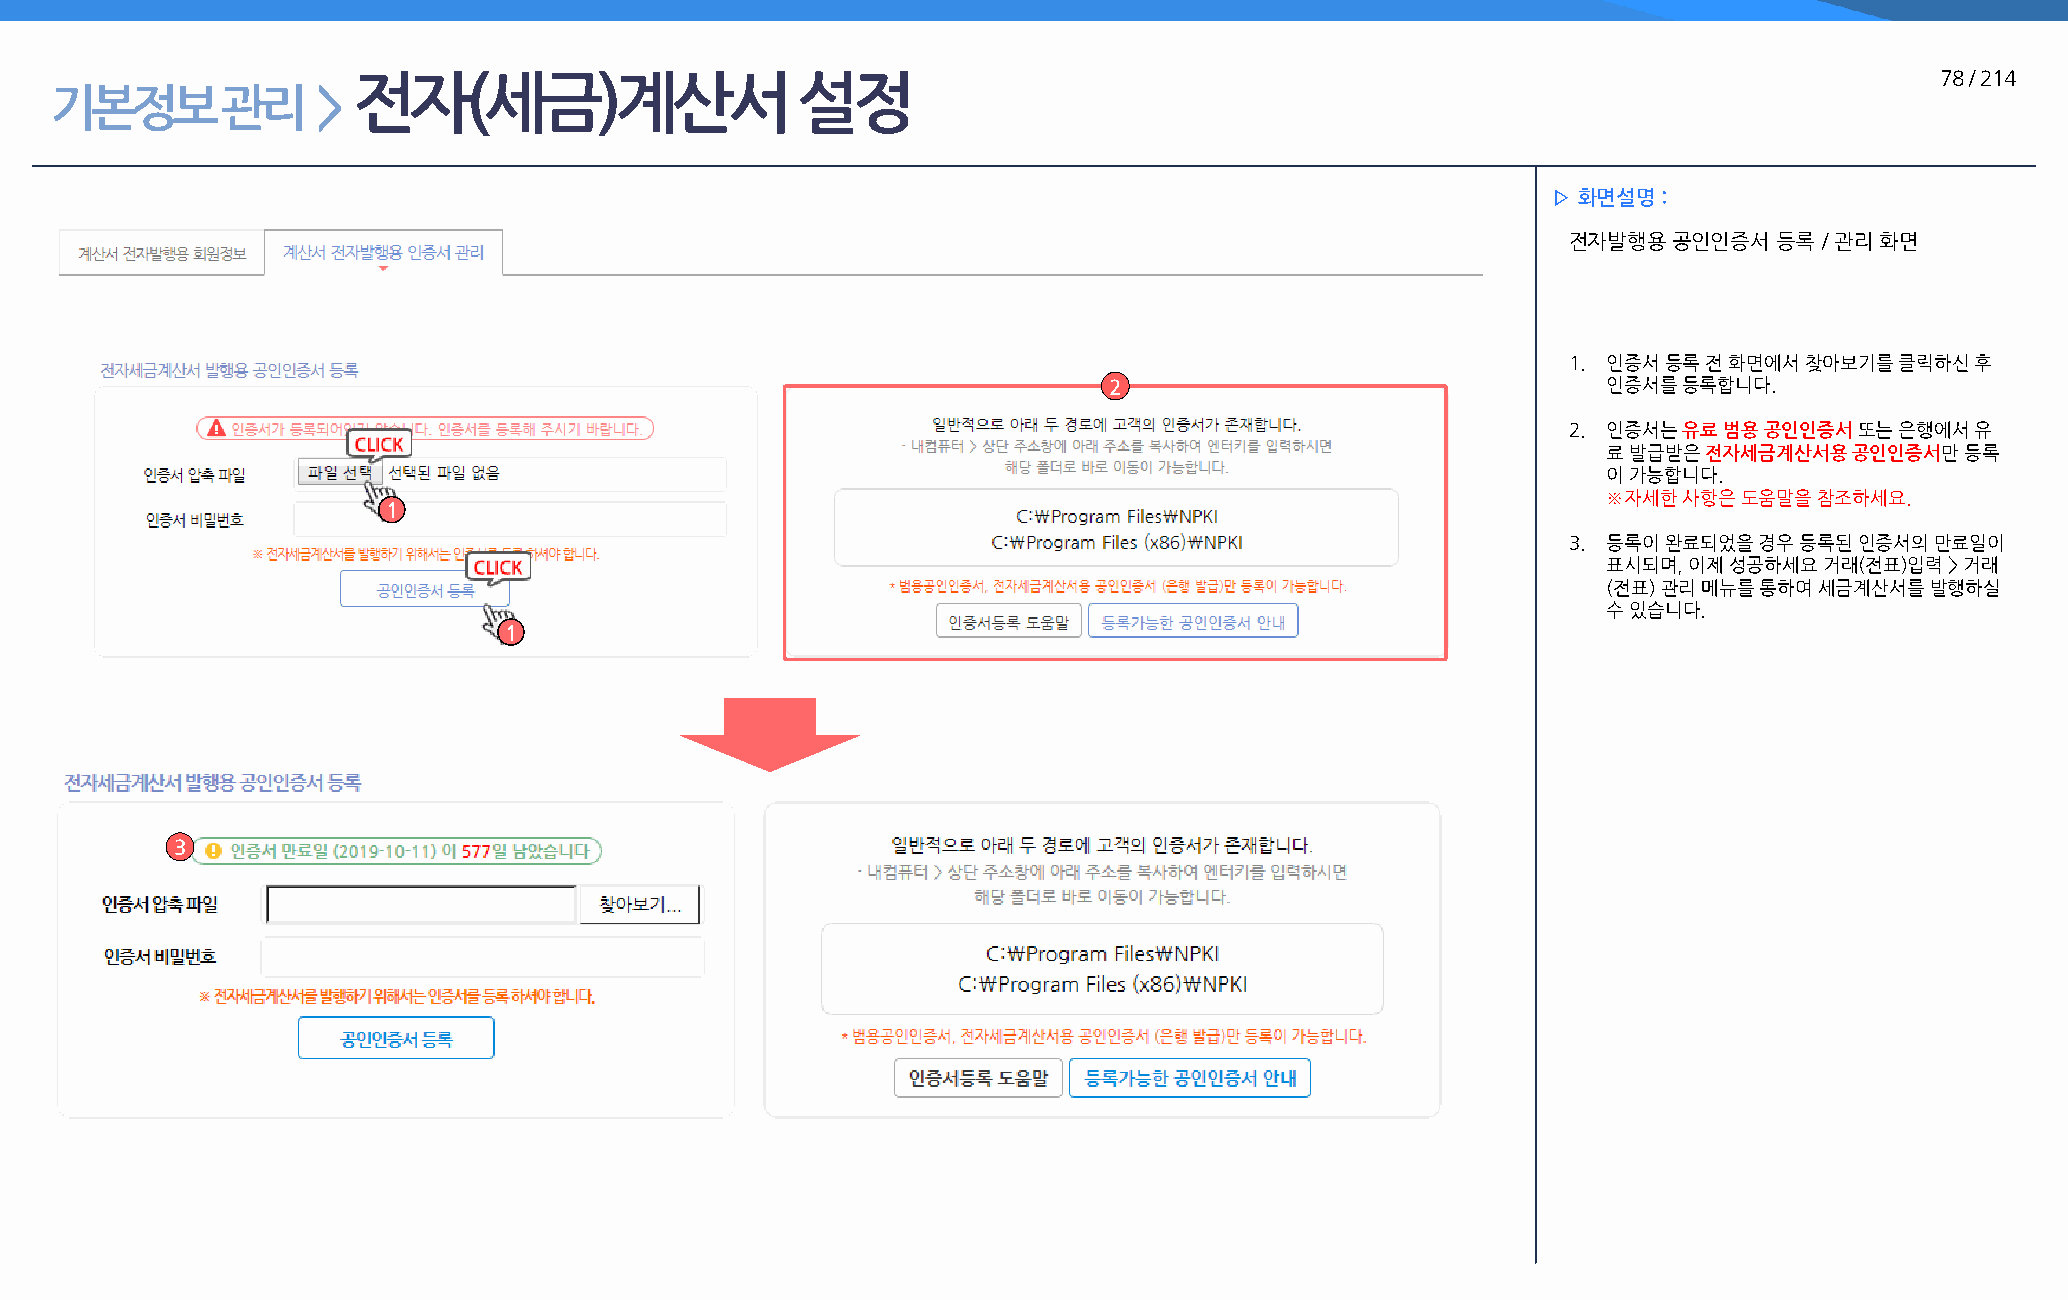
전자(세금)계산서                     설정                                                                         78 / 214
 기본정보        관리    >
 ▷ 화면설명 :
 전자발행용  공인인증서  등록 / 관리 화면
 1. 인증서 등록 전 화면에서 찾아보기를 클릭하신 후
 2                                인증서를 등록합니다.
 2. 인증서는 유료 범용 공인인증서 또는 은행에서 유
 료 발급받은 전자세금계산서용  공인인증서만 등록
 이 가능합니다.
 ※자세한 사항은 도움말을 참조하세요.
 1
 3. 등록이 완료되었을 경우 등록된 인증서의 만료일이
 표시되며, 이제 성공하세요 거래(전표)입력 > 거래
 (전표) 관리 메뉴를 통하여 세금계산서를 발행하실
 수 있습니다.
 1
 3